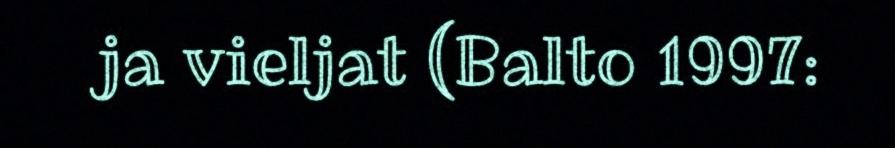
ja vieljat (Balto 1997: